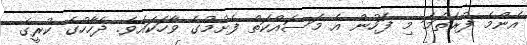
އެންމެ ފުރަތަމަ މި ފަހުން އެ މަސައްކަތް ފެށުމުގެ ވާހަކައެވެ. ދެހާހުގެ ކުރީގެ